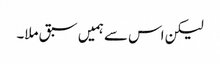
لیکن اس سے ہمیں سبق ملا۔